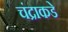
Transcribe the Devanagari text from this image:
चंद्राकडे